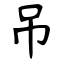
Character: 吊